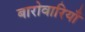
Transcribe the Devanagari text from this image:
बारोवारियाँ